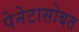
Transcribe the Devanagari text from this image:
पेनेटासोबत